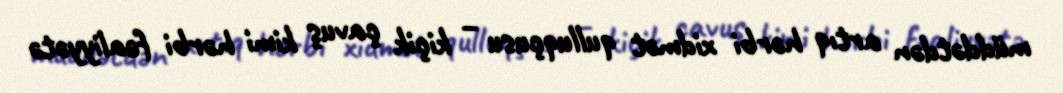
müddətdən artıq hərbi xidmət qulluqçusu – kiçik çavuş kimi hərbi fəaliyyətə